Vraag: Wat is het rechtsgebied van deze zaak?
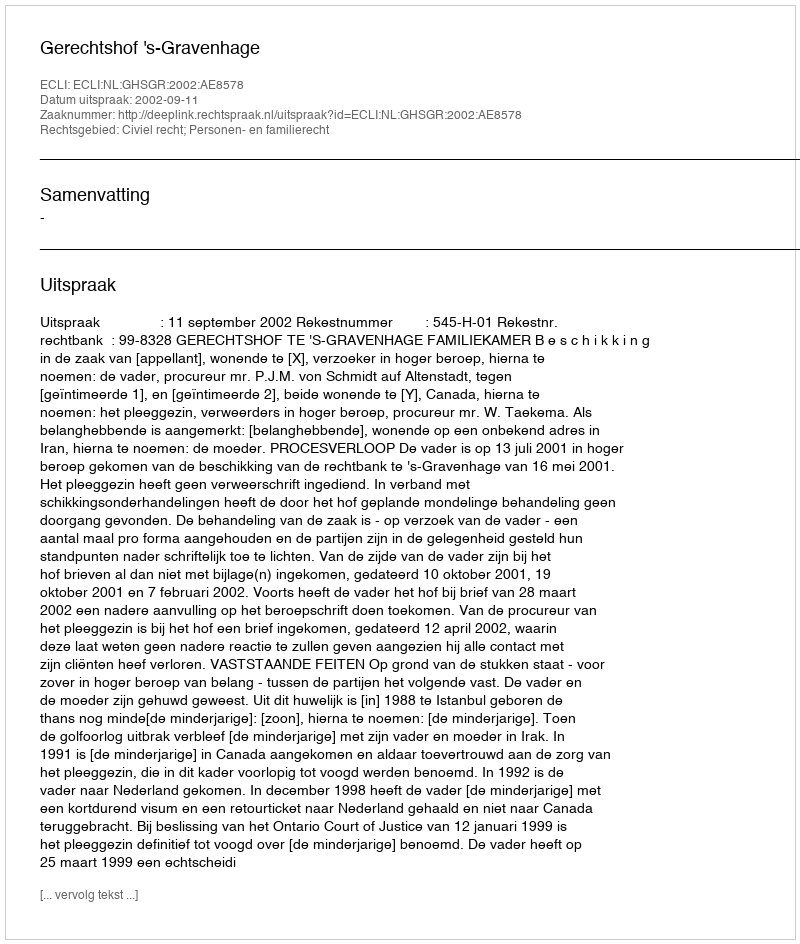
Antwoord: Civiel recht; Personen- en familierecht